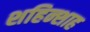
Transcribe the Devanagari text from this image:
शहिन्शाह